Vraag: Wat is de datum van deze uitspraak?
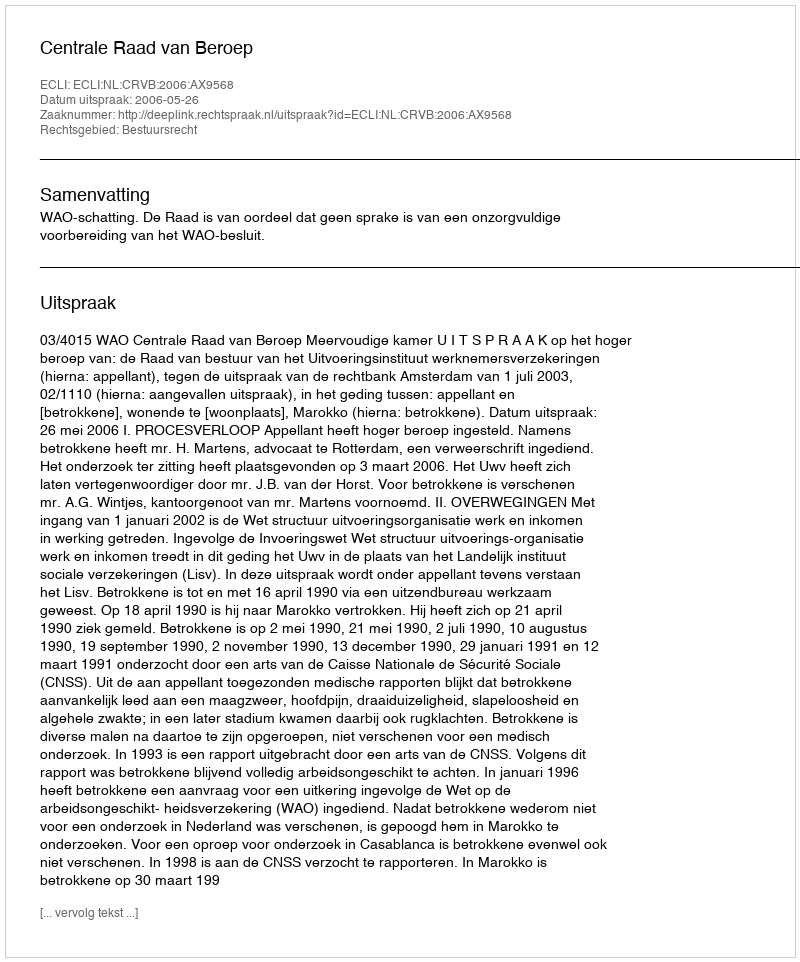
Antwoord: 2006-05-26